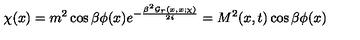
\chi ( x ) = m ^ { 2 } \cos \beta \phi ( x ) e ^ { - \frac { \beta ^ { 2 } { \cal G } _ { r } ( x , x ; \chi ) } { 2 i } } = M ^ { 2 } ( x , t ) \cos \beta \phi ( x )